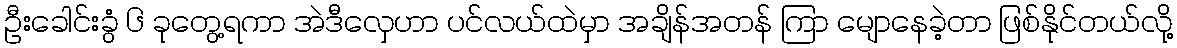
ဦးခေါင်းခွံ ၆ ခုတွေ့ရကာ အဲဒီလှေဟာ ပင်လယ်ထဲမှာ အချိန်အတန် ကြာ မျောနေခဲ့တာ ဖြစ်နိုင်တယ်လို့